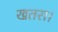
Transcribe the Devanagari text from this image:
खतरा।